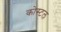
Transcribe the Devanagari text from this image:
कोस्‍टल